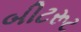
બીટરૂટ